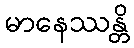
မာနေဿန္တိ